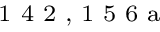
^ \textrm { \scriptsize 1 4 2 , 1 5 6 a }